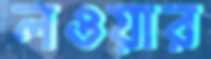
লওয়ার